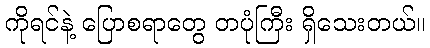
ကိုရင်နဲ့ ပြောစရာတွေ တပုံကြီး ရှိသေးတယ်။